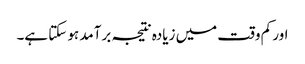
اور کم وقت میں زیادہ نتیجہ برآمد ہو سکتا ہے۔